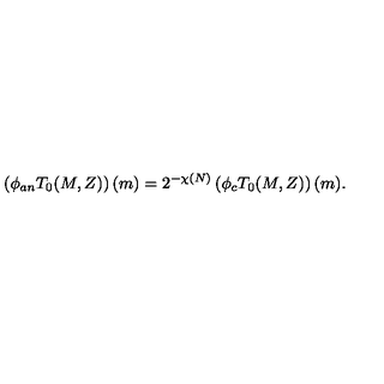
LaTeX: \left( \phi _ { a n } T _ { 0 } ( M , Z ) \right) ( m ) = 2 ^ { - \chi ( N ) } \left( \phi _ { c } T _ { 0 } ( M , Z ) \right) ( m ) .